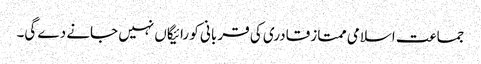
جماعت اسلامی ممتاز قادری کی قر بانی کو رائیگاں نہیں جانے دے گی۔